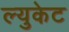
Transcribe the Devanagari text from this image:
ल्युकेट